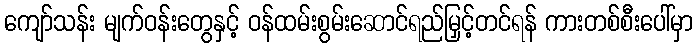
ကျော်သန်း မျက်ဝန်းတွေနှင့် ဝန်ထမ်းစွမ်းဆောင်ရည်မြှင့်တင်ရန် ကားတစ်စီးပေါ်မှာ